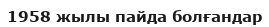
1958 жылы пайда болғандар